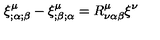
\xi _ { ; \alpha ; \beta } ^ { \mu } - \xi _ { ; \beta ; \alpha } ^ { \mu } = R _ { \nu \alpha \beta } ^ { \mu } \xi ^ { \nu }